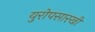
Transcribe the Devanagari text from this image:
युरोपसारखी